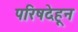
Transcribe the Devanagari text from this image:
परिषदेहून